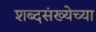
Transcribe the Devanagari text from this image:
शब्दसंख्येच्या